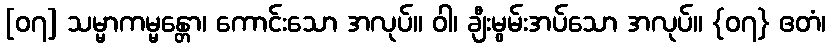
[၀၇] သမ္မာကမ္မန္တော၊ ကောင်းသော အလုပ်။ ဝါ၊ ချီးမွမ်းအပ်သော အလုပ်။ {၀၇} ဧတံ၊